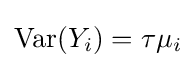
\operatorname {Var} (Y_{i})=\tau \mu _{i}